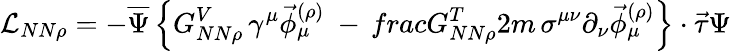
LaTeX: {\cal L}_{NN\rho}=-\overline{{{\Psi}}}\left\{ G_{NN\rho}^{V}\, \gamma^{\mu}\vec{\phi}_{\mu}^{(\rho)}\ -\, frac{G_{NN\rho}^{T}}{2m}\, \sigma^{\mu\nu}\partial_{\nu}\vec{\phi}_{\mu}^{(\rho)}\right\} \cdot\vec{\tau}\Psi